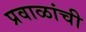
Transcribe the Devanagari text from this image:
प्रवाळांची